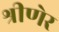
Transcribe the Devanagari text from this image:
श्रीणेर